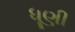
ધૂણી